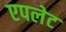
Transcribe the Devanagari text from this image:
एपलेट